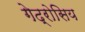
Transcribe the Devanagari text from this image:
गेद्रोसिय